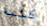
كلبة